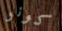
كونو